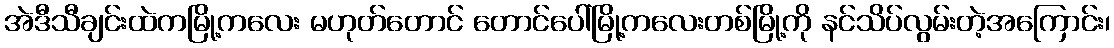
အဲဒီသီချင်းထဲကမြို့ကလေး မဟုတ်တောင် တောင်ပေါ်မြို့ကလေးတစ်မြို့ကို နင်သိပ်လွမ်းတဲ့အကြောင်း၊